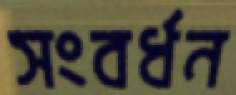
সংবর্ধন